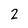
Character: 2